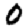
Digit: 0